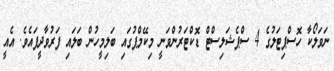
ނަވަލޯކާ ހޮސްޕިޓަލުގެ 4 ސްޕެޝަލިސްޓް ޑޮކްޓަރުންވަނީ މިކޭމްޕުގައި ބަލިމީހުން ބަލައި ފަރުވާދީފައެވެ. އެއީ